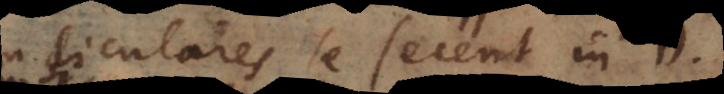
perpendiculares se secent in D